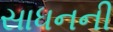
સાધનની